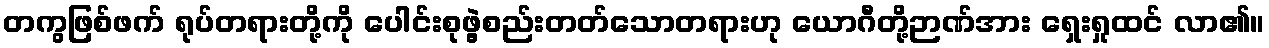
တကွဖြစ်ဖက် ရုပ်တရားတို့ကို ပေါင်းစုဖွဲ့စည်းတတ်သောတရားဟု ယောဂီတို့ဉာဏ်အား ရှေးရှုထင် လာ၏။